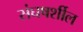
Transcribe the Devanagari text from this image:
संघषर्शील